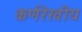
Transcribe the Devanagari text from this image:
कर्णरेखीय